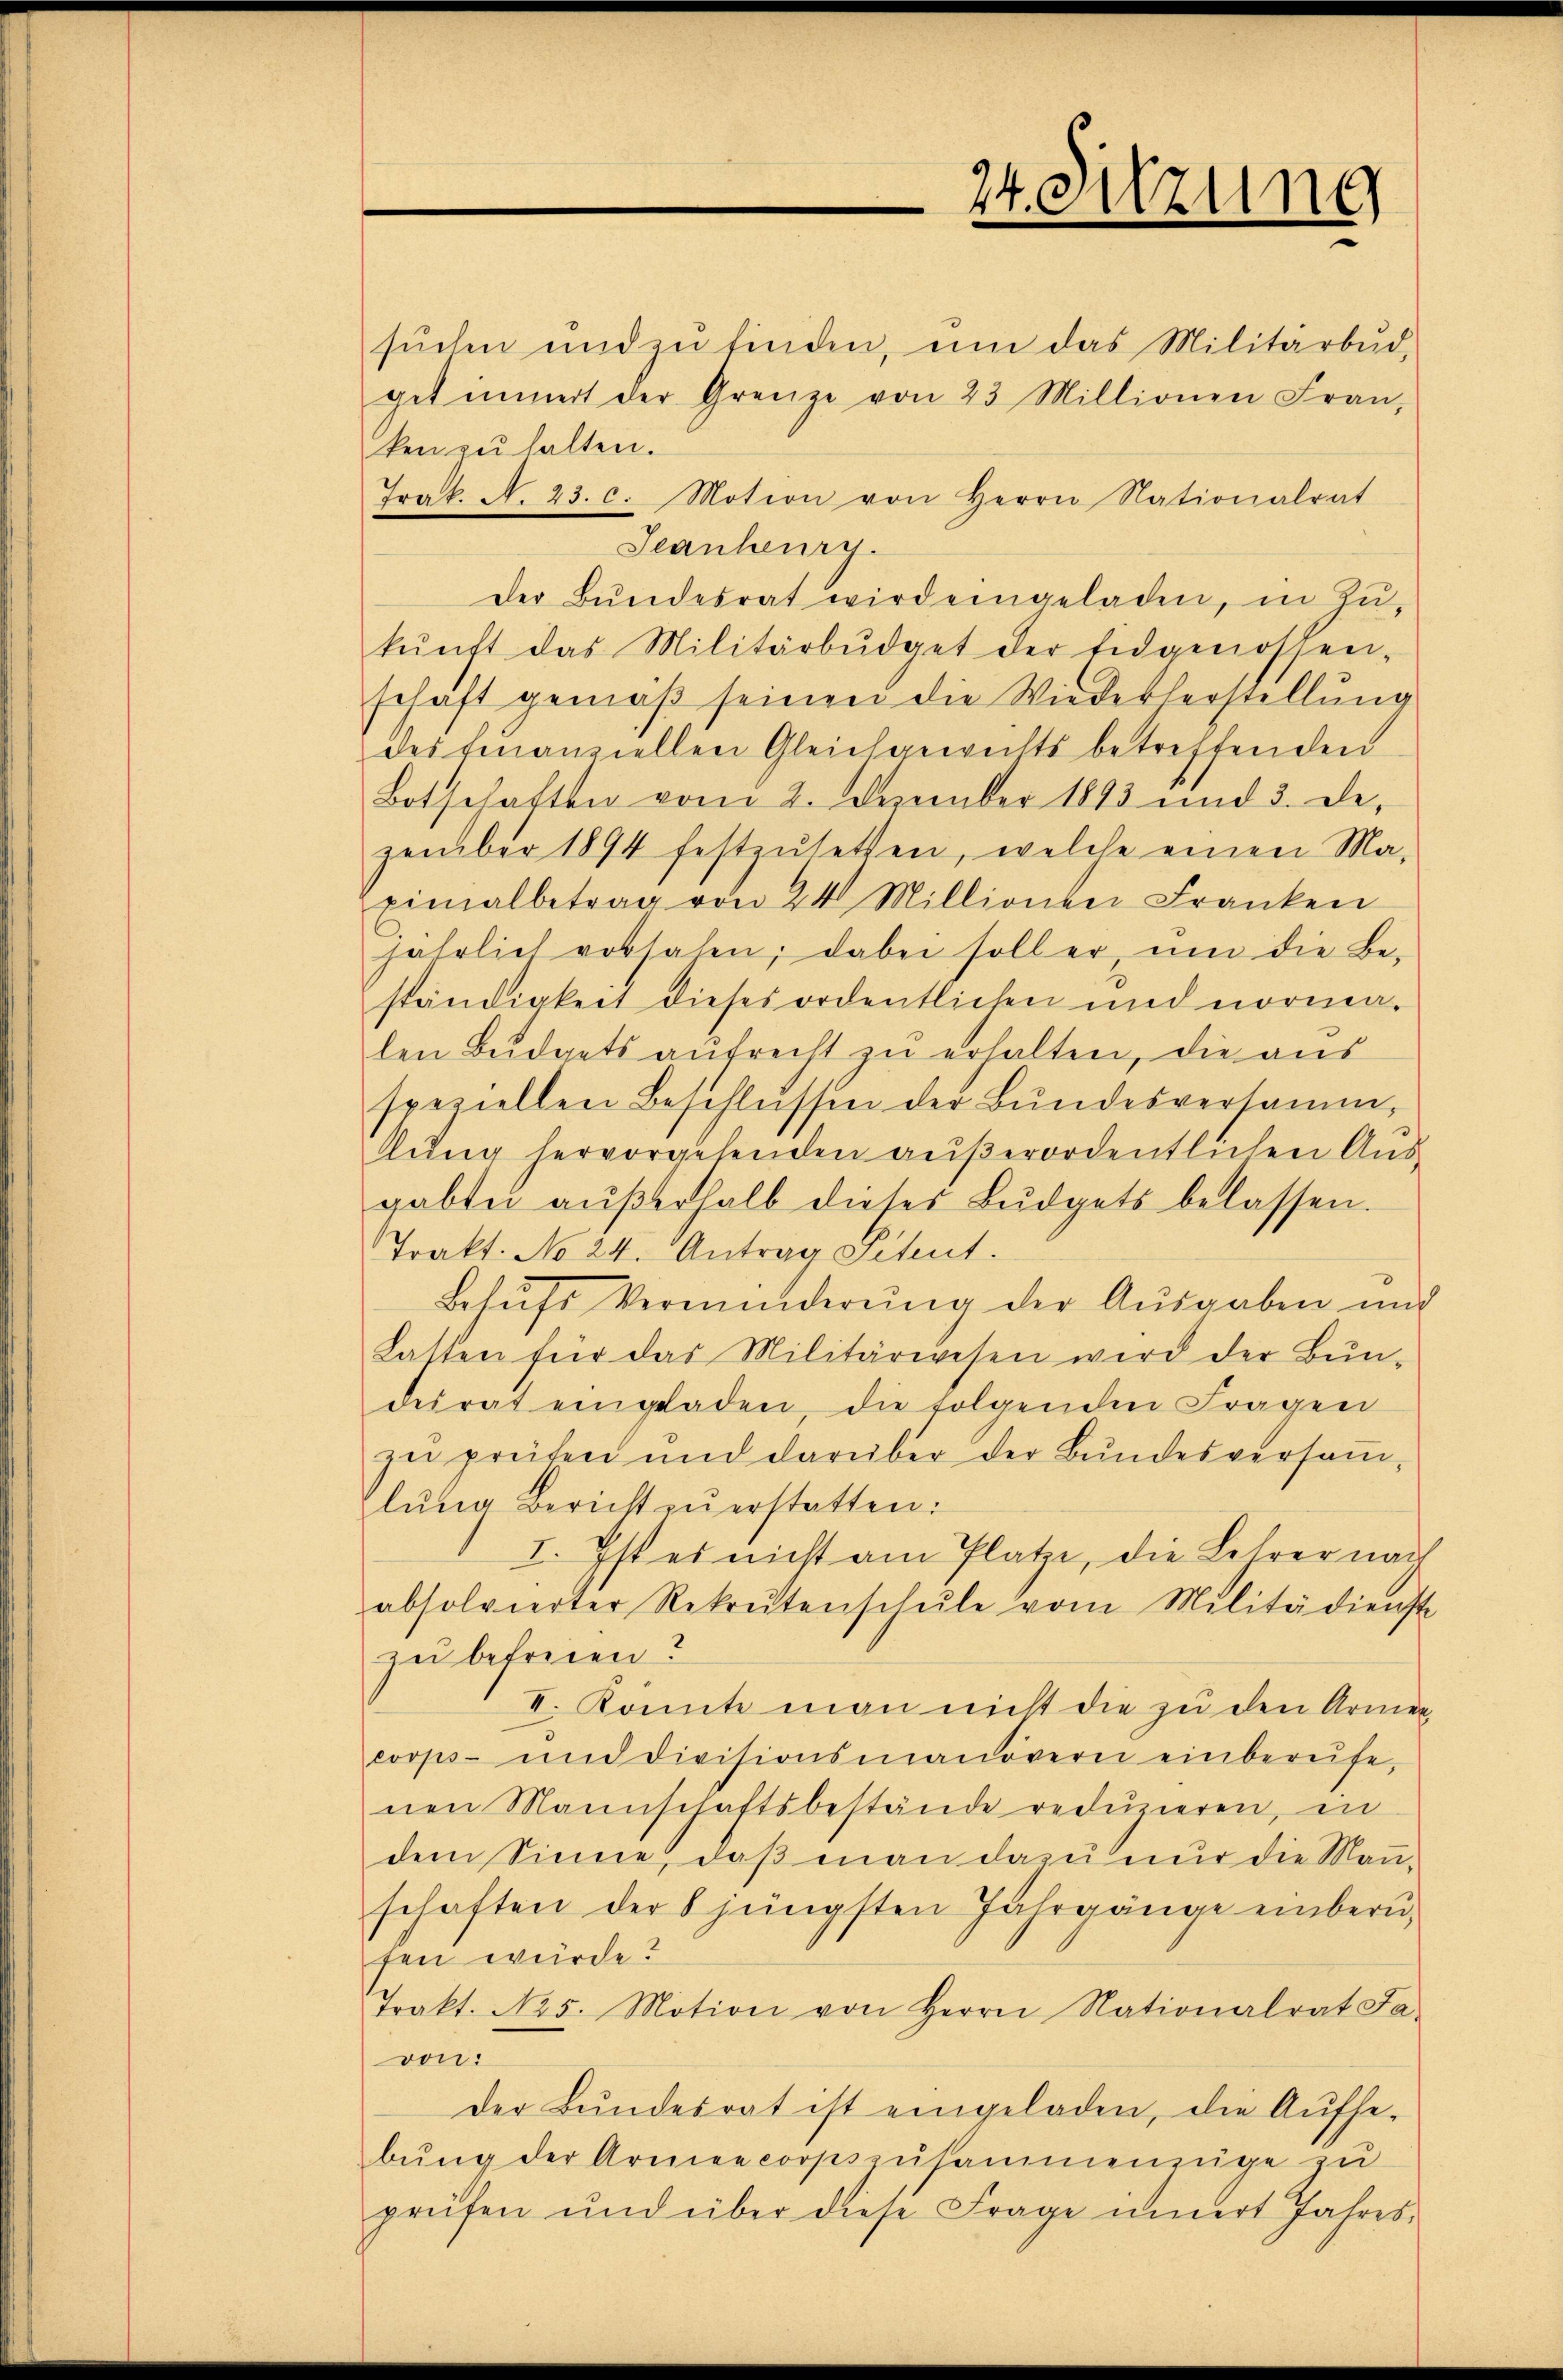
sŭchen und zŭ finden, ŭm das Militärbŭd,
get innert der Grenze von 23 Millionen Fran
ken zu halten.
Frak. N. 23. c. Motion von Herrn Nationalrat
Seanheury.
der Bŭndesrat wird eingeladen, in Zŭ-
kŭnft das Militärbŭdget der Eidgenossen-
schaft gemäß seinen die Wiederherstellung
des Finanziellen Gleichgewichts betreffenden
Botschaften vom 2. Dezember 1893 und 3. de
zember 1894 festzusetten, welche einen Ma-
Einalbetrag von 24 Millionen Franken
jährlich vorsahen, dabei soll er, um die Be-
ständigkeit dieses ordentlichen und normalen Budgets aufrecht zu erhalten, die aus
speziellen Beschlüssen der Bundesversamm-
llung hervorgehenden außerordentlichen Ausgabtei außerhalb dieses Budgets belassen.
Trakt. No 24. Antrag Setent.
Behufs Verminderung der Ausgaben und
Latten für das Militärwesen wird der Bundesrat eingeladen, die folgenden Fragen
zu preiten und darüber der Bŭndesversaṁ-
lŭng Bericht zŭ erstatten:
I. Ist es nicht am Platze, die Lehrer nach
absolvierter Rekrutenschŭle vom Militärdienst
zu befreien?
I. konnte man nicht die zu den Armencorps- und Divisionsmanöverei einberufe-
nen Mannschaftsbestände reduzieren, in
dem Sinne, daß man dazu nur die Mauschaften der 8 jüngsten Jahrgänge einbern,
fen würde?
Trakt. No 5. Motion von Herrn Nationalrat Ja-
von:
Der Bŭndesrat ist eingeladen, die Aŭfhe-
bŭng der Armeecorpszusammenzüge zu
prüfen und über diese Frage innert Jahres-

24. Sitzung